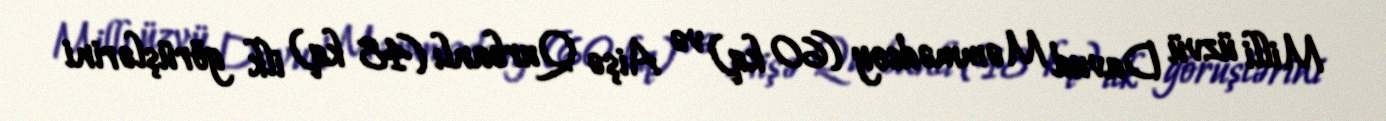
Milli üzvü Davud Məmmədsoy (60 kq) və Aişə Qurbanlı (48 kq) ilk görüşlərini